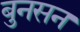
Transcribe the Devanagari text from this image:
बुनसन